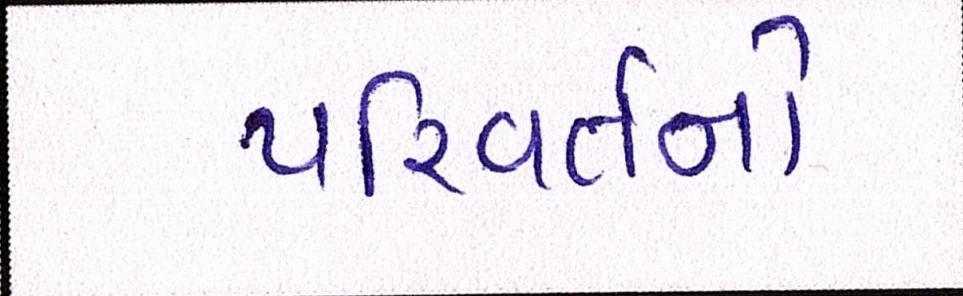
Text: પરિવર્તનો